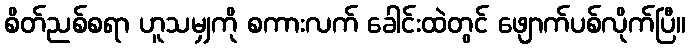
စိတ်ညစ်စရာ ဟူသမျှကို စကားလက် ခေါင်းထဲတွင် ဖျောက်ပစ်လိုက်ပြီ။